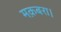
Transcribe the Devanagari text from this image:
मक़बरा।